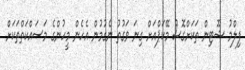
ފިލްމު ޝޫޓިން ތަކަށްގޮސް މޭކަޕްއަށް ގިނަ ވަގުތު ނެގުމުން އެހެން މީހުންގެ މަސައްކަތްތަކަށް